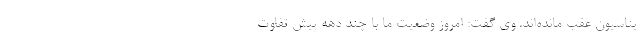
یناسیون عقب مانده‌‌اند. وی گفت: امروز وضعیت ما با چند دهه پیش تفاوت